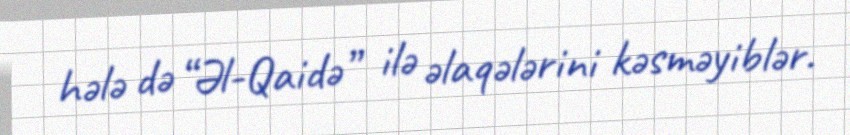
hələ də “Əl-Qaidə” ilə əlaqələrini kəsməyiblər.